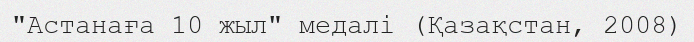
"Астанаға 10 жыл" медалі (Қазақстан, 2008)